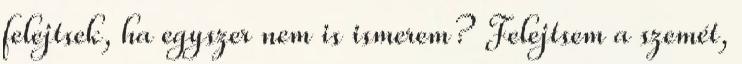
felejtsek, ha egyszer nem is ismerem? Felejtsem a szemét,